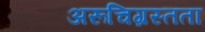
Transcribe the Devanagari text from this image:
अरूचिग्रस्तता